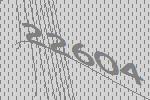
22604